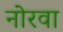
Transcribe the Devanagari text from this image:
नोरवा